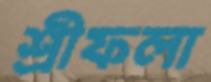
শ্রীফলা